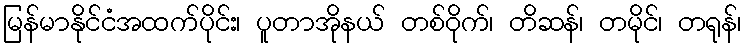
မြန်မာနိုင်ငံအထက်ပိုင်း၊ ပူတာအိုနယ် တစ်ဝိုက်၊ တိဆန်၊ တမိုင်၊ တရုန်၊